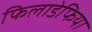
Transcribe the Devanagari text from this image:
फिलाडेफिया